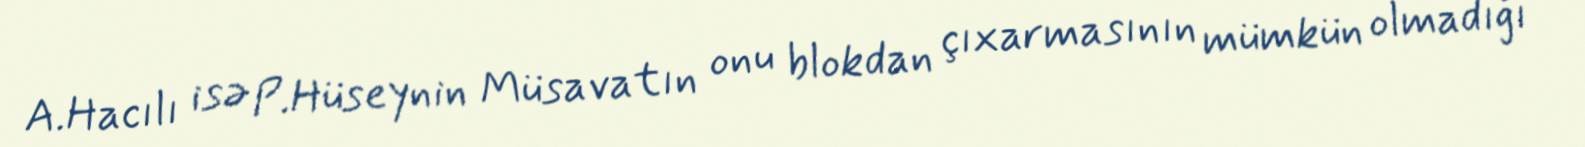
A.Hacılı isə P.Hüseynin Müsavatın onu blokdan çıxarmasının mümkün olmadığı